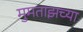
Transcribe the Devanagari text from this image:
मुमताझच्या